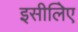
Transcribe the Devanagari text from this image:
इसीलिेए